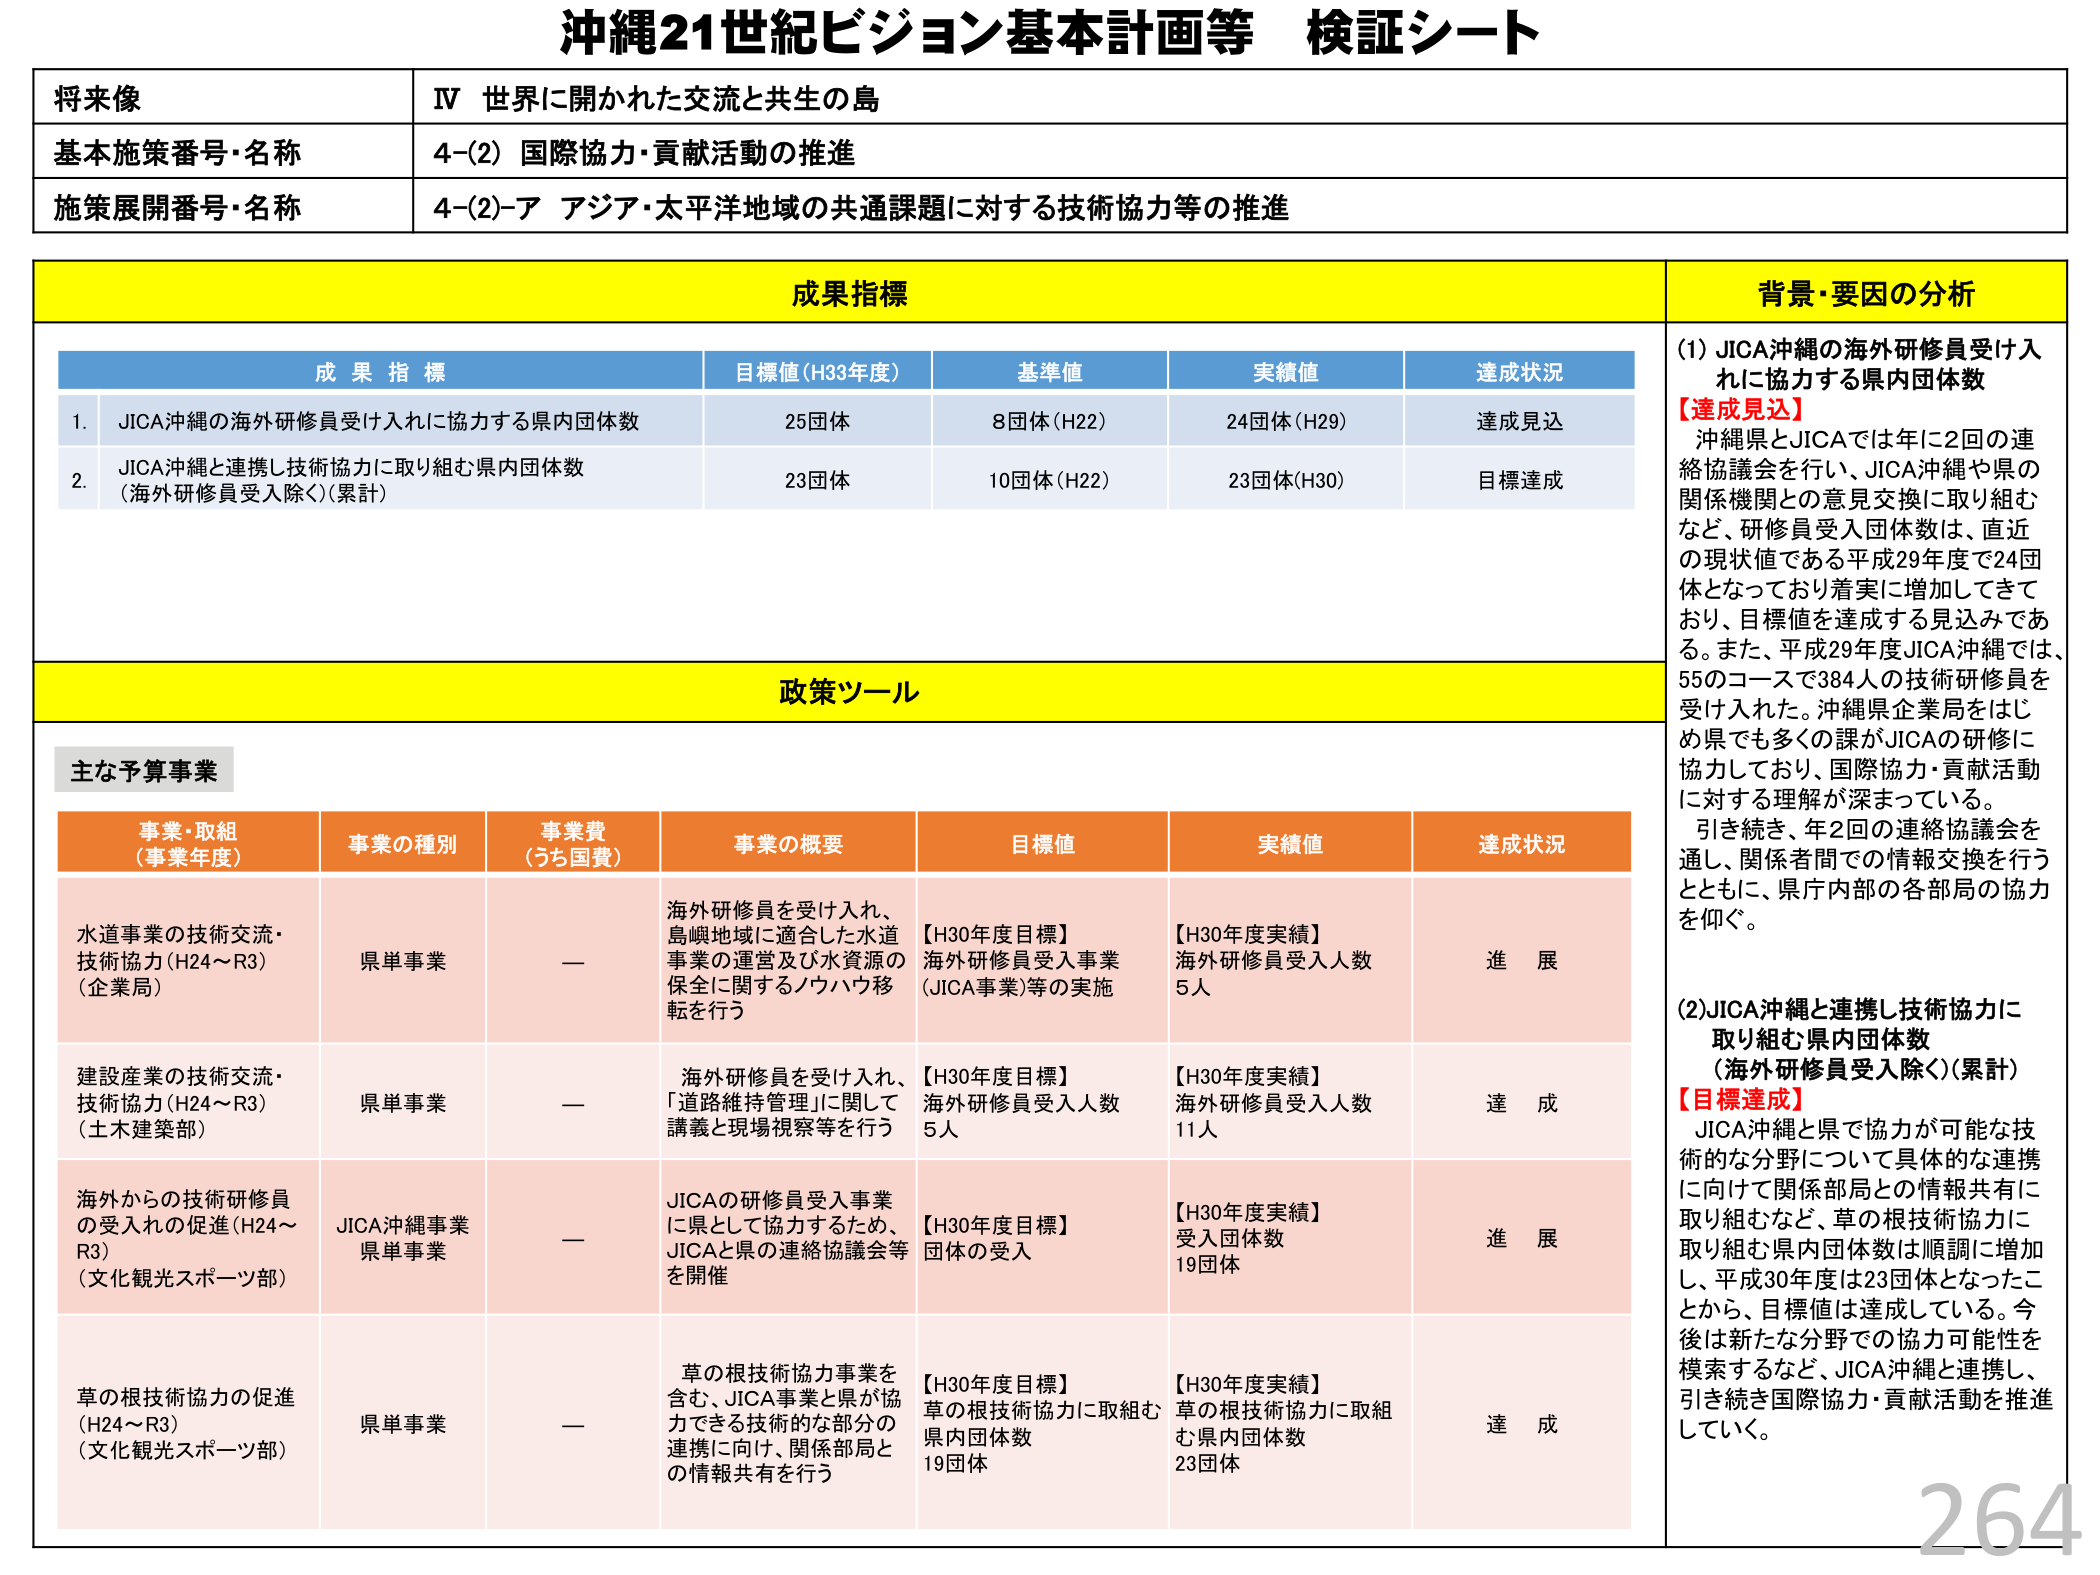
沖縄21世紀ビジョン基本計画等 検証シート

将来像
IV 世界に開かれた交流と共生の島

基本施策番号・名称
4-(2) 国際協力・貢献活動の推進

施策展開番号・名称
4-(2)-ア アジア・太平洋地域の共通課題に対する技術協力等の推進

成果指標
背景・要因の分析

成果指標
目標値（H33年度）
基準値
実績値
達成状況

1. JICA沖縄の海外研修員受け入れに協力する県内団体数
25団体
8団体（H22）
24団体（H29）
達成見込

2. JICA沖縄と連携し技術協力に取り組む県内団体数（海外研修員受入除く）（累計）
23団体
10団体（H22）
23団体（H30）
目標達成

(1) JICA沖縄の海外研修員受け入れに協力する県内団体数
【達成見込】
沖縄県とJICAでは年に2回の連絡協議会を行い、JICA沖縄や県の関係機関との意見交換に取り組むなど、研修員受入団体数は、直近の現状値である平成29年度で24団体となっており着実に増加してきており、目標値を達成する見込みである。また、平成29年度JICA沖縄では、55のコースで384人の技術研修員を受け入れた。沖縄県企業局をはじめ県でも多くの課がJICAの研修に協力しており、国際協力・貢献活動に対する理解が深まっている。
引き続き、年2回の連絡協議会を通し、関係者間での情報交換を行うとともに、県庁内部の各部局の協力を仰ぐ。

政策ツール

主な予算事業

事業・取組（事業年度）
事業の種別
事業費（うち国費）
事業の概要
目標値
実績値
達成状況

水道事業の技術交流・技術協力（H24～R3）（企業局）
県単事業
—
海外研修員を受け入れ、島嶼地域に適合した水道事業の運営及び水資源の保全に関するノウハウ移転を行う
【H30年度目標】海外研修員受入事業（JICA事業）等の実施
【H30年度実績】海外研修員受入人数 5人
進展

建設産業の技術交流・技術協力（H24～R3）（土木建築部）
県単事業
—
海外研修員を受け入れ、「道路維持管理」に関して講義と現場視察等を行う
【H30年度目標】海外研修員受入人数 5人
【H30年度実績】海外研修員受入人数 11人
達成

海外からの技術研修員の受入れの促進（H24～R3）（文化観光スポーツ部）
JICA沖縄事業 県単事業
—
JICAの研修員受入事業に県として協力するため、JICAと県の連絡協議会等を開催
【H30年度目標】団体の受入
【H30年度実績】受入団体数 19団体
進展

草の根技術協力の促進（H24～R3）（文化観光スポーツ部）
県単事業
—
草の根技術協力事業を含む、JICA事業と県が協力できる技術的な部分の連携に向け、関係部局との情報共有を行う
【H30年度目標】草の根技術協力に取組む県内団体数 19団体
【H30年度実績】草の根技術協力に取組む県内団体数 23団体
達成

(2) JICA沖縄と連携し技術協力に取り組む県内団体数（海外研修員受入除く）（累計）
【目標達成】
JICA沖縄と県で協力が可能な技術的な分野について具体的な連携に向け関係部局との情報共有に取り組むなど、草の根技術協力に取り組む県内団体数は順調に増加し、平成30年度は23団体となったことから、目標値は達成している。今後は新たな分野での協力可能性を模索するなど、JICA沖縄と連携し、引き続き国際協力・貢献活動を推進していく。

264